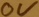
Text: 0V